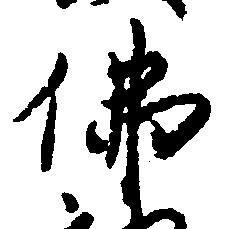
仏